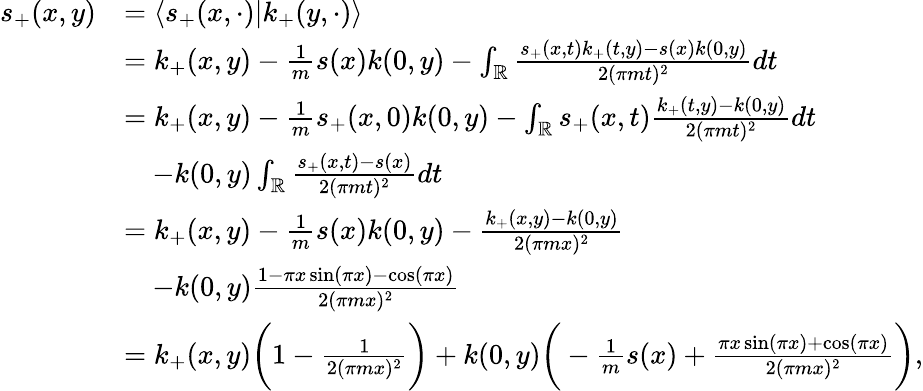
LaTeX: \begin{array}{rl}{s_{+}(x,y)}&{=\langle s_{+}(x,\cdot)|k_{+}(y,\cdot)\rangle}\\ &{=k_{+}(x,y)-\frac 1ms(x)k(0,y)-\int_{\mathbb{R}}\frac{s_{+}(x,t){k_{+}(t,y)}-s(x){k(0,y)}}{2(\pi mt)^{2}}dt}\\ &{=k_{+}(x,y)-\frac 1ms_{+}(x,0)k(0,y)-\int_{\mathbb{R}}s_{+}(x,t)\frac{k_{+}(t,y)-k(0,y)}{2(\pi mt)^{2}}dt}\\ &{\quad-k(0,y)\int_{\mathbb{R}}\frac{s_{+}(x,t)-s(x)}{2(\pi mt)^{2}}dt}\\ &{=k_{+}(x,y)-\frac 1ms(x)k(0,y)-\frac{k_{+}(x,y)-k(0,y)}{2(\pi mx)^{2}}}\\ &{\quad-k(0,y)\frac{1-\pi x\sin(\pi x)-\cos(\pi x)}{2(\pi mx)^{2}}}\\ &{=k_{+}(x,y)\bigg(1-\frac 1{2(\pi mx)^{2}}\bigg)+k(0,y)\bigg(-\frac 1ms(x)+\frac{\pi x\sin(\pi x)+\cos(\pi x)}{2(\pi mx)^{2}}\bigg),}\end{array}